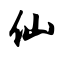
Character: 仙